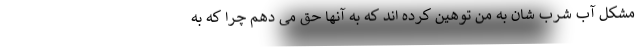
مشکل آب شرب شان به من توهین کرده اند که به آنها حق می دهم چرا که به